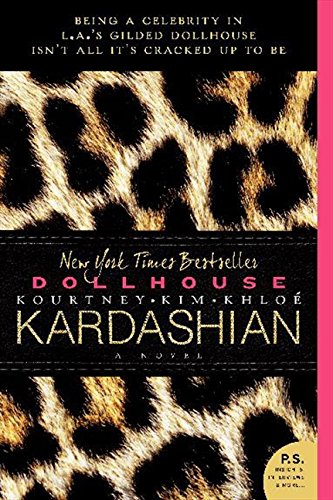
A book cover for Dollhouse: A Novel; Kim Kardashian; Literature & Fiction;